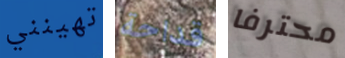
تهينني قداحة محترفا